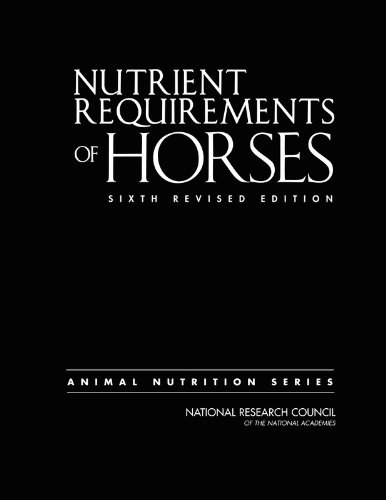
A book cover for Nutrient Requirements of Horses:: Sixth Revised Edition (Animal Nutrition Series); Committee on Nutrient Requirements of Horses; Medical Books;